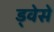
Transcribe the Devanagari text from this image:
ड्वेसे